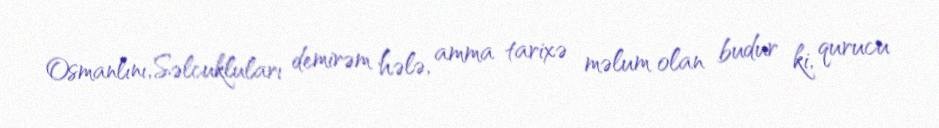
Osmanlını, Səlcukluları demirəm hələ, amma tarixə məlum olan budur ki, qurucu